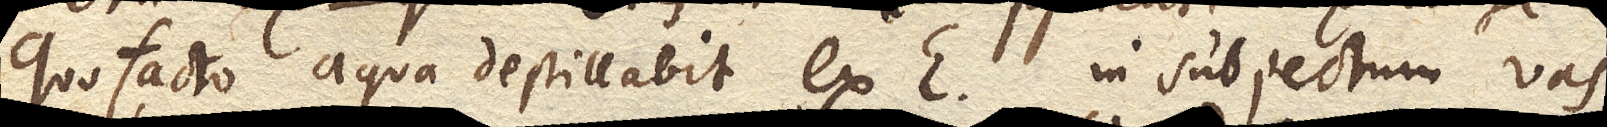
Quo facto aqua destillabit ex E. in subjectum vas